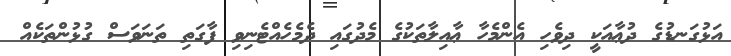
އަޅުގަނޑުގެ ދުޢާއަކީ ދިވެހި އެންމެހާ ޢާއިލާތަކުގެ މެދުގައި ދެމެހެއްޓެނިވި ފާގަތި ތަނަވަސް ގުޅުންތަކެއް